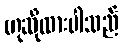
ဟုဆိုထားပါသည်